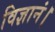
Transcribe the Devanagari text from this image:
विज्ञानं।